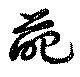
葩